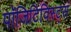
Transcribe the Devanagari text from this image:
पॉजिटिविस्ट्स